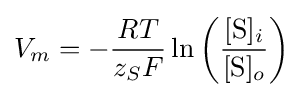
V_{m}=-{\frac {RT}{z_{S}F}}\ln \left({\frac {[{\mbox{S}}]_{i}}{[{\mbox{S}}]_{o}}}\right)